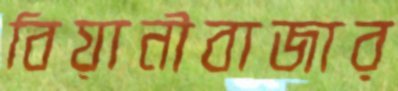
বিয়ানীবাজার